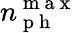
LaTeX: n_{\mathrm{~p~h~}}^{\mathrm{~m~a~x~}}